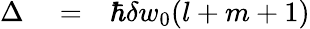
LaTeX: \begin{array}{rlr}{\Delta}&{{}=}&{\hbar\delta w_{0}(l+m+1)}\end{array}